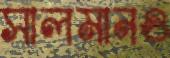
সালমানও